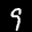
Label: 9